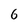
Character: 6